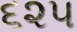
૬૨૫